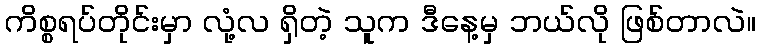
ကိစ္စရပ်တိုင်းမှာ လုံ့လ ရှိတဲ့ သူက ဒီနေ့မှ ဘယ်လို ဖြစ်တာလဲ။